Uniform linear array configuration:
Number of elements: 12
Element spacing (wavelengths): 0.5
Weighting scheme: blackman
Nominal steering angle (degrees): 15
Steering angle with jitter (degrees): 14.106
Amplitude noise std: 0.05
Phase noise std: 0.05

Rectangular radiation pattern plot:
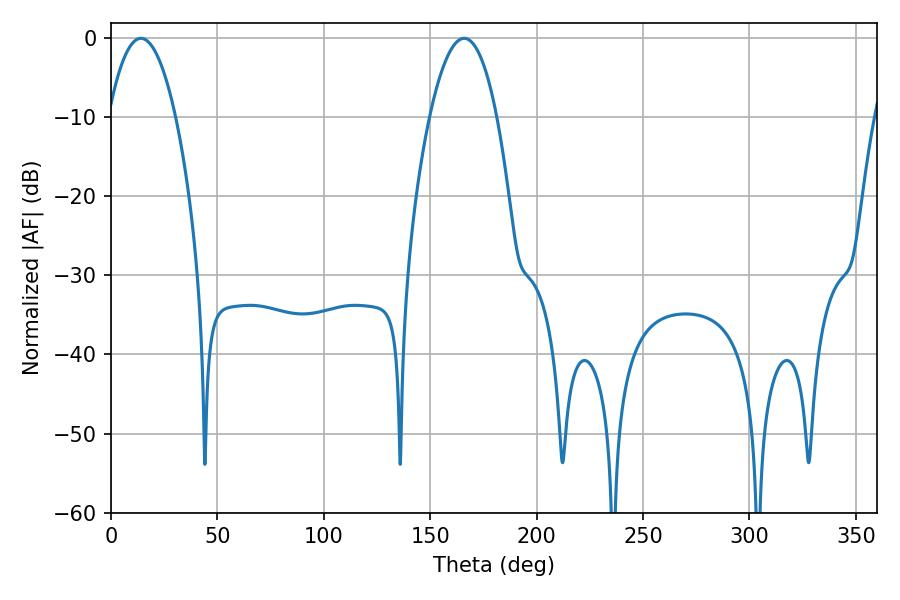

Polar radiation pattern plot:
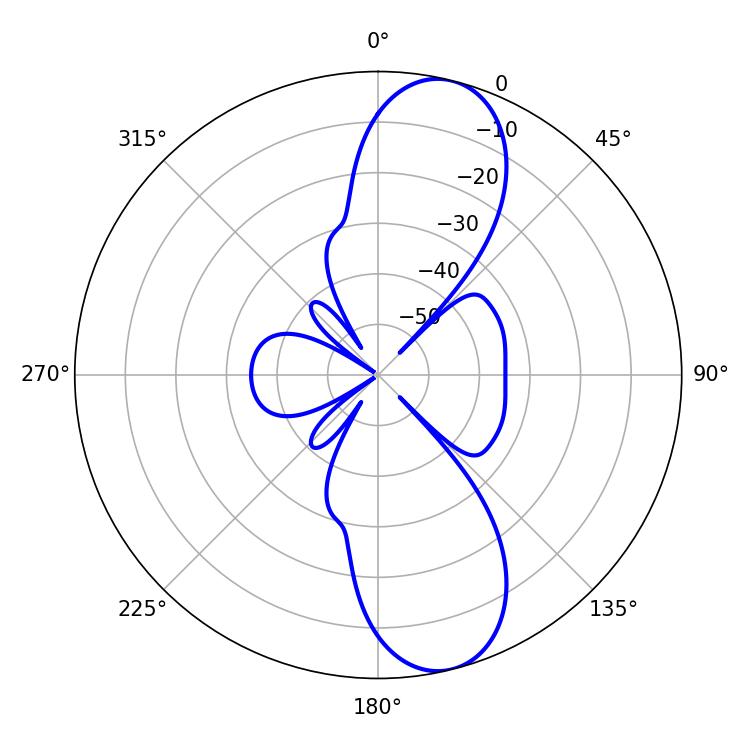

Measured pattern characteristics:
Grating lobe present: FALSE
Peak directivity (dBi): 10.966
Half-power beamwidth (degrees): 17.64
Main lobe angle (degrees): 14.04